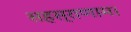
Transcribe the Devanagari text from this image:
सहस्राणाम।